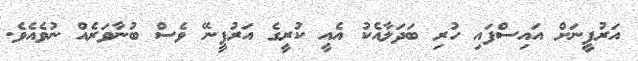
އަރުފީނަށް އައިސްފައި ހުރި ބަދަލާއެކު އެއީ ކުރީގެ އަރުފީނޭ ވެސް ބުނާވަރެއް ނުވެއެވެ.